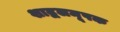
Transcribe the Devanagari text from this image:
शाद्वलमूषक